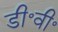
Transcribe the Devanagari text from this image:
डी॰वी॰